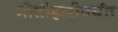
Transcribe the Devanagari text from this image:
मोतीहारीपर्यंत